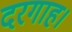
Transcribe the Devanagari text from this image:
दरगाह।